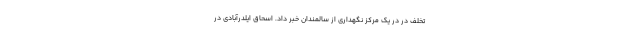
تخلف در در یک مرکز نگهداری از سالمندان خبر داد. اسحاق ایلدرآبادی در